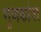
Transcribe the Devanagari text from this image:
गुणकांवर